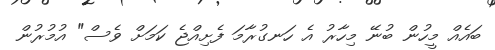
ބައެއް މީހުން ބުނޭ މިހާރު އެ ހަނގުރާމަ ފެށިއްޖެ ކަމަށް ވެސް" އުމުރުން